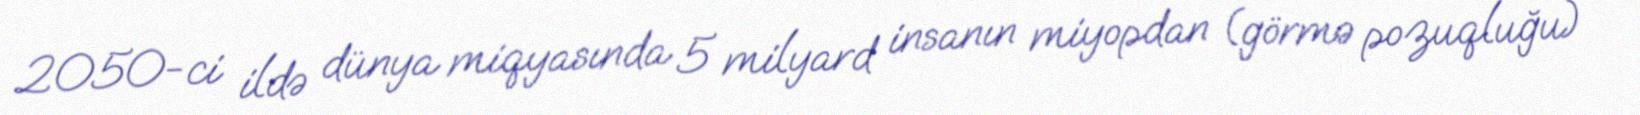
2050-ci ildə dünya miqyasında 5 milyard insanın miyopdan (görmə pozuqluğu)